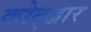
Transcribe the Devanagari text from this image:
कोट्द्वार